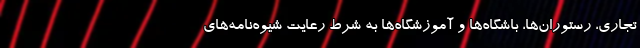
تجاری، رستوران‌ها، باشگاه‌ها و آموزشگاه‌ها به شرط رعایت شیوه‌نامه‌های